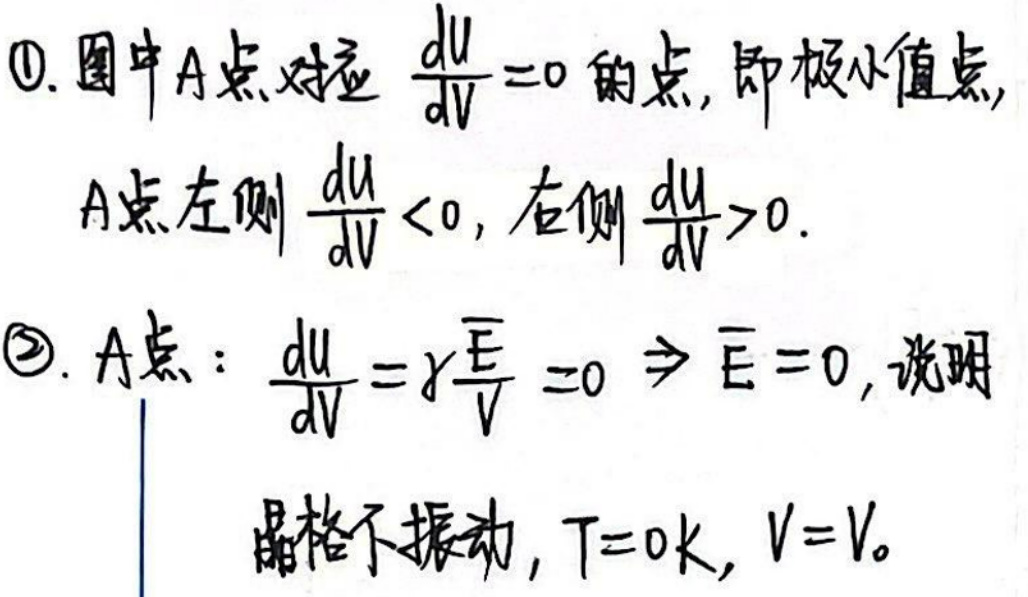
\begin{enumerate}
    \item 图中\(A\)点对应\(\frac{du}{dv}=0\)的点，即极小值点，\(A\)点左侧\(\frac{du}{dv}<0\)，右侧\(\frac{du}{dv}>0\)。
    \item \(A\)点：\(\frac{du}{dv}=\gamma\frac{E}{V}=0\Rightarrow E = 0\)，说明晶格不振动，\(T = 0K\)，\(V = V_0\)。
\end{enumerate}